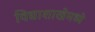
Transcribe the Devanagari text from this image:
विद्याशाखेमध्ये